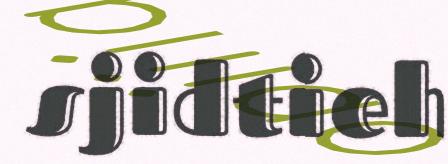
sjidtieh